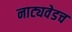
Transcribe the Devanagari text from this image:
नाट्यवेडच